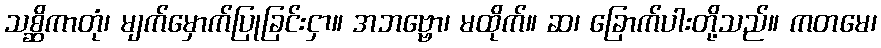
သစ္ဆိကာတုံ၊ မျက်မှောက်ပြုခြင်းငှာ။ အဘဗ္ဗော၊ မထိုက်။ ဆ၊ ခြောက်ပါးတို့သည်။ ကတမေ၊